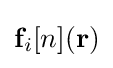
\mathbf {f} _{i}[n](\mathbf {r} )